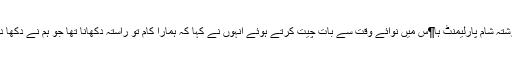
گزشتہ شام پارلیمنٹ ہا¶س میں نوائے وقت سے بات چیت کرتے ہوئے انہوں نے کہا کہ ہمارا کام تو راستہ دکھانا تھا جو ہم نے دکھا دیا۔